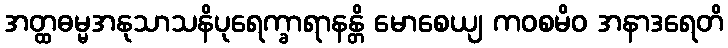
အတ္ထဓမ္မအနုသာသနိပုရေက္ခာရာနန္တိ မောစေယျ ကဝစမိဝ အနာဒရေတိ